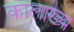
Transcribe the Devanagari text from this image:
कालाख्य